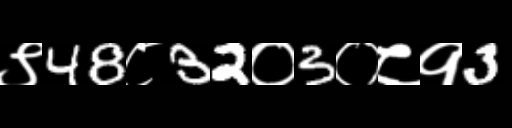
Text: ९48८32०3०८१3